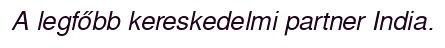
A legfőbb kereskedelmi partner India.